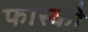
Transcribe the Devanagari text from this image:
फास्को